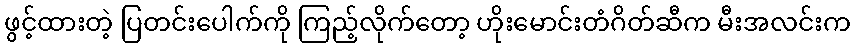
ဖွင့်ထားတဲ့ ပြတင်းပေါက်ကို ကြည့်လိုက်တော့ ဟိုးမောင်းတံဂိတ်ဆီက မီးအလင်းက